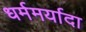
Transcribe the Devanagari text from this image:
धर्ममर्यादा